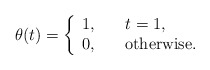
\begin{align*}\theta(t)=\left\{\begin{array}{ll}1, \quad & t=1,\\0,\quad & \mbox{otherwise}. \end{array}\right.\end{align*}